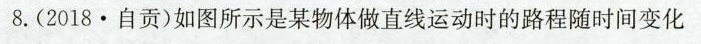
8.(2018·自贡)如图所示是某物体做直线运动时的路程随时间变化